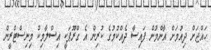
ހައްޖަށް ދިއުމަށް އާންމުން ފައިސާ ދެއްކުމުގެ ކުރިން އެ ގްރޫޕަކީ އިސްލާމިކް މިނިސްޓްރީން